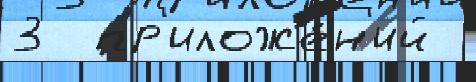
3  пр'иложе́н'ий